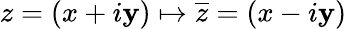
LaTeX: z=(x+i\mathbf{y})\mapsto{\overline{{{z}}}}=(x-i\mathbf{y})